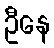
ဦနေ